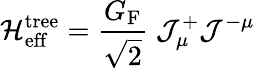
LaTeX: {\cal H}_{\mathrm{eff}}^{\mathrm{tree}}={\frac{G_{\mathrm{F}}}{\sqrt 2}}\; {\cal J}_{\mu}^{+}{\cal J}^{-\mu}